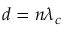
d = n \lambda _ { c }